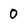
Character: 0